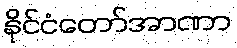
နိုင်ငံတော်အာဏာ